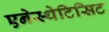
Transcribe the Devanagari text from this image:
एनेस्थेटिसिट